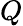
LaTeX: \textit{Q}